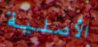
الأصلية